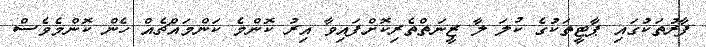
ފާރުތަކުގައި ޕާޓީތަކުގެ ކުލަ ލާ ޒީނަތްތެރިކޮށްފައިވާ އިރު ކޮންމެ ކަންމައްޗެއް ހެން ކޮންމެވެސް